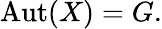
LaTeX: {\mathrm{Aut}}(X)=G.